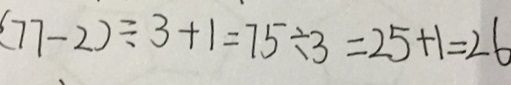
( 7 7 - 2 ) \div 3 + 1 = 7 5 \div 3 = 2 5 + 1 = 2 6